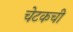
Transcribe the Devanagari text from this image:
चेटकची